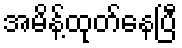
အမိန့်ထုတ်နေပြီ